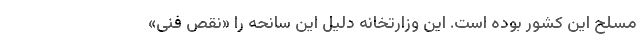
مسلح این کشور بوده است. این وزارتخانه دلیل این سانحه را «نقص فنی»